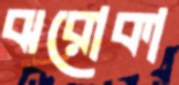
ঝরোকা